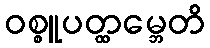
ဝစ္စူပတ္ထမ္ဘေတိ